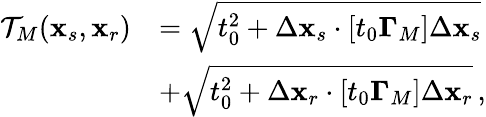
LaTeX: \begin{array}{rl}{{\cal T}_{M}({\mathbf x}_{s},{\mathbf x}_{r})}&{=\sqrt{t_{0}^{2}+\Delta{\mathbf x}_{s}\cdot[t_{0}{\mathbf\Gamma}_{M}]\Delta{\mathbf x}_{s}}}\\ &{+\sqrt{t_{0}^{2}+\Delta{\mathbf x}_{r}\cdot[t_{0}{\mathbf\Gamma}_{M}]\Delta{\mathbf x}_{r}}\, ,}\end{array}